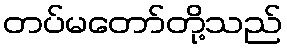
တပ်မတော်တို့သည်